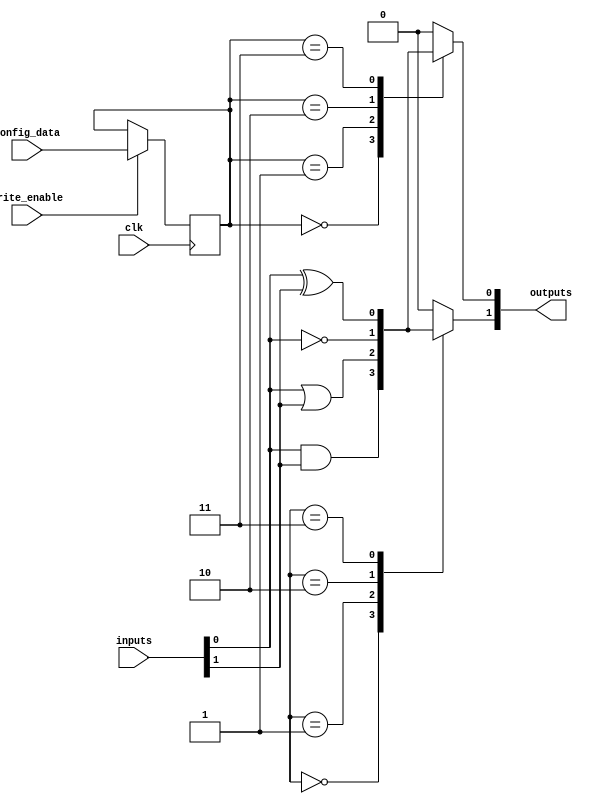
module combinational_logic_block #(
    parameter NUM_INPUTS = 4,  // Number of inputs
    parameter NUM_OUTPUTS = 2, // Number of outputs
    parameter SRAM_SIZE = 16    // Size of SRAM (number of configuration bits)
)(
    input wire [NUM_INPUTS-1:0] inputs,          // Input signals
    input wire [SRAM_SIZE-1:0] config_data,      // Configuration data for SRAM
    input wire write_enable,                       // Write enable signal for SRAM
    input wire clk,                                // Clock signal
    output reg [NUM_OUTPUTS-1:0] outputs          // Output signals
);

    // SRAM array to hold configuration bits
    reg [SRAM_SIZE-1:0] sram [0:NUM_OUTPUTS-1];

    // Logic gates outputs
    wire [NUM_OUTPUTS-1:0] logic_outputs;

    // Write operation to SRAM
    always @(posedge clk) begin
        if (write_enable) begin
            sram[0] <= config_data; // Example: write to first SRAM cell
        end
    end

    // Logic gate implementation based on SRAM configuration
    genvar i;
    generate
        for (i = 0; i < NUM_OUTPUTS; i = i + 1) begin : logic_block
            always @(*) begin
                case (sram[i])
                    4'b0000: logic_outputs[i] = inputs[0] & inputs[1]; // AND
                    4'b0001: logic_outputs[i] = inputs[0] | inputs[1]; // OR
                    4'b0010: logic_outputs[i] = ~inputs[0];            // NOT
                    4'b0011: logic_outputs[i] = inputs[0] ^ inputs[1]; // XOR
                    // Add more configurations as needed
                    default: logic_outputs[i] = 1'b0; // Default case
                endcase
            end
        end
    endgenerate

    // Output assignment
    always @(*) begin
        outputs = logic_outputs;
    end

endmodule